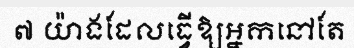
៧ យ៉ាងដែលធ្វើឱ្យអ្នកនៅតែ